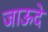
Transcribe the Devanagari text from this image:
जाऊदे